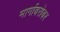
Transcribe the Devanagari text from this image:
मार्गाबरोबर